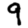
Digit: 9